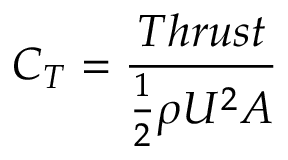
C _ { T } = \frac { T h r u s t } { \frac { 1 } { 2 } \rho U ^ { 2 } A }